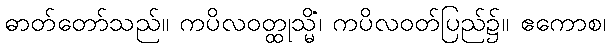
ဓာတ်တော်သည်။ ကပိလဝတ္ထုသ္မိံ၊ ကပိလဝတ်ပြည်၌။ ဧကောစ၊